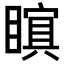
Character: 𭿜